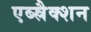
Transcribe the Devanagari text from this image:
एब्स्रैक्शन